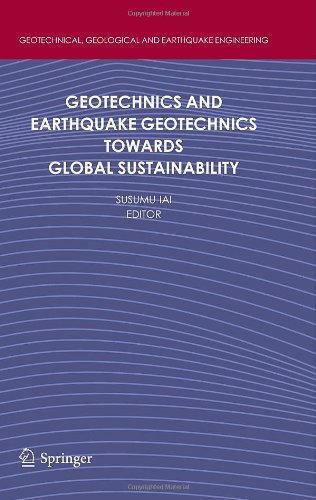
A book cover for Geotechnics and Earthquake Geotechnics Towards Global Sustainability (Geotechnical, Geological and Earthquake Engineering); Science & Math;